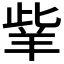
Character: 𦍧